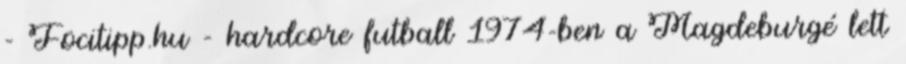
- Focitipp.hu - hardcore futball 1974-ben a Magdeburgé lett